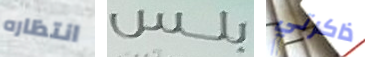
انتظاره بلس ذاكرتي